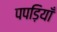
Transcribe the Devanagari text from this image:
पपड़ियाँ